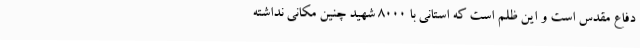
دفاع مقدس است و این ظلم است که استانی با 8000 شهید چنین مکانی نداشته